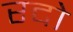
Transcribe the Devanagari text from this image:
रदो